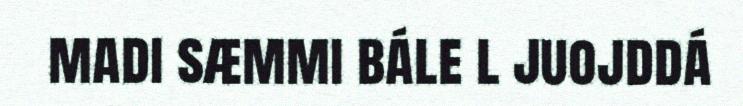
madi sæmmi bále l juojddá